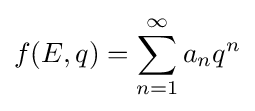
f(E,q)=\sum _{n=1}^{\infty }a_{n}q^{n}